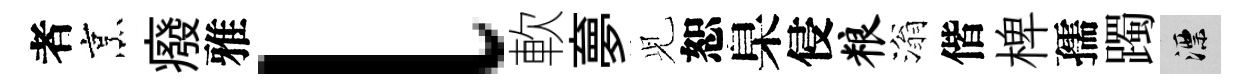
者烹癈雅l軟夣𫤗恕臬侵粮滃偕椑孺躅漂